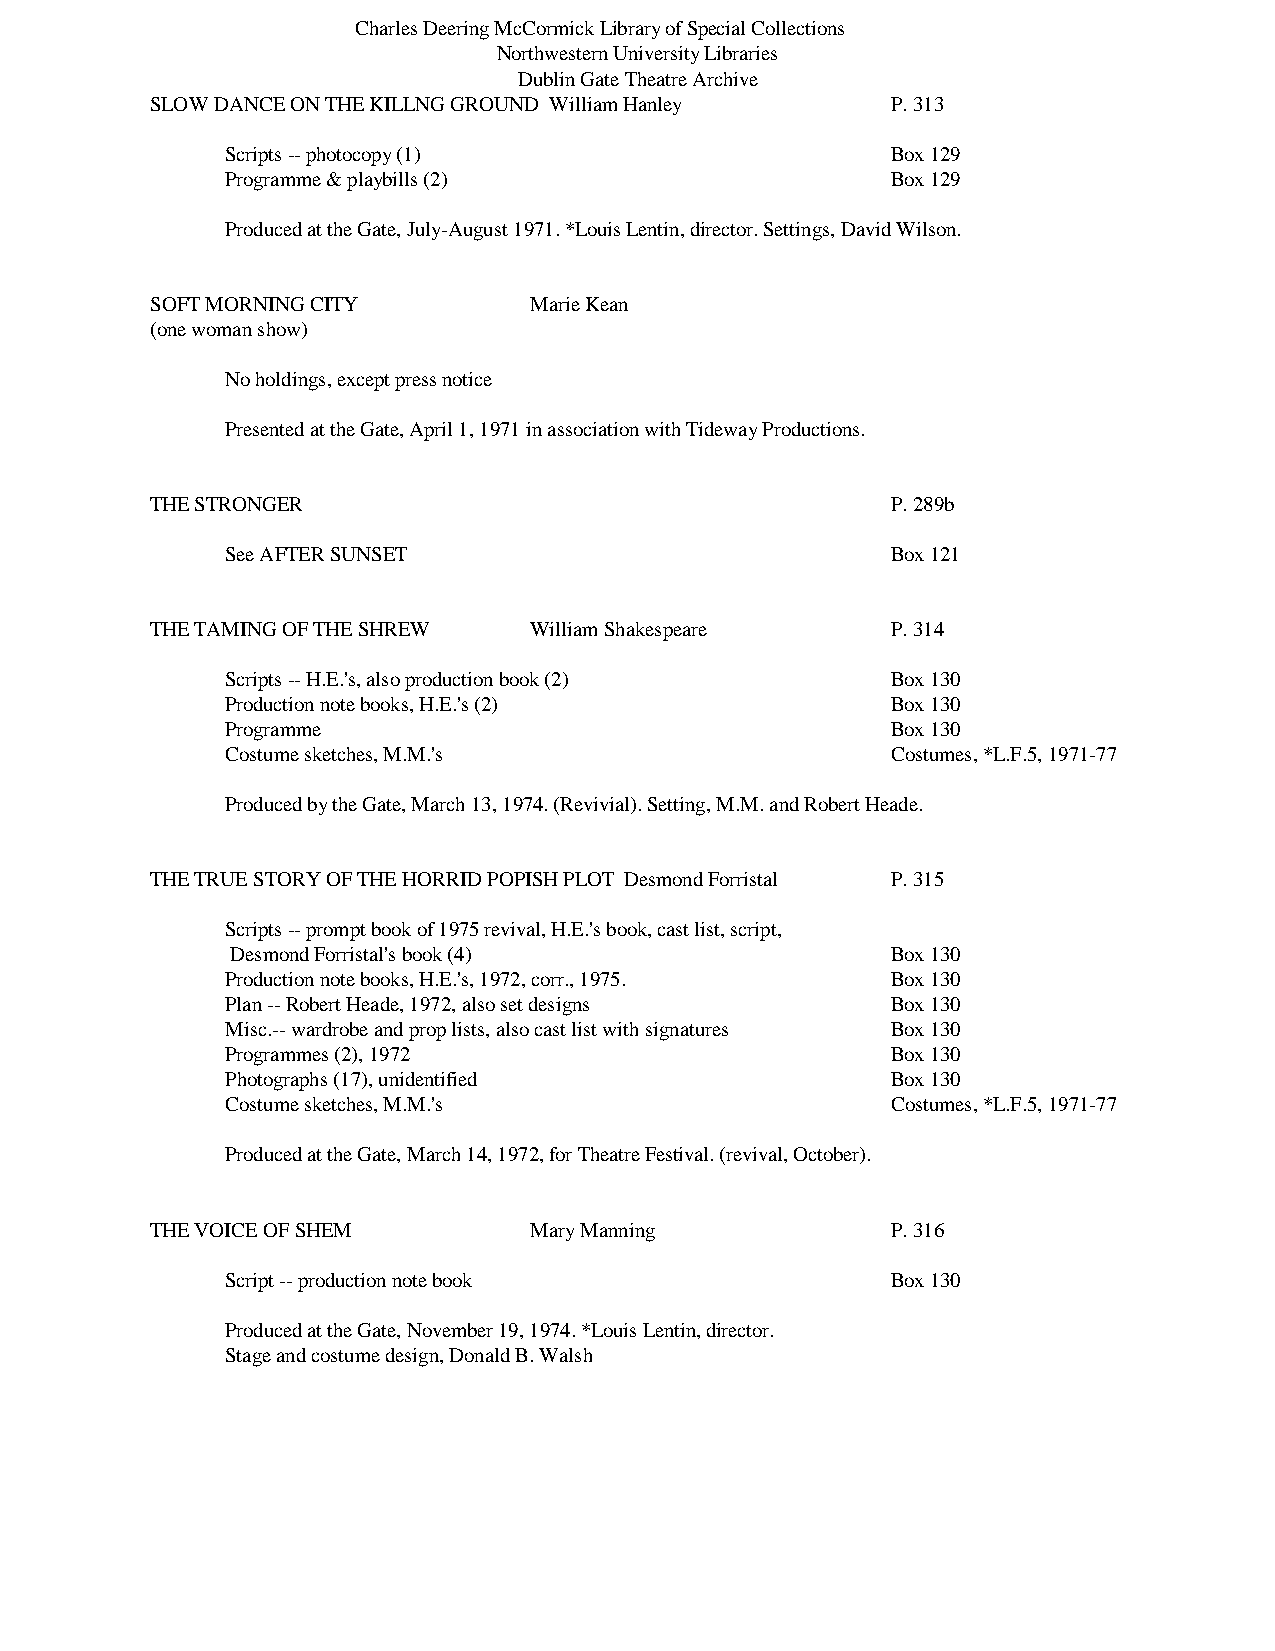
Charles Deering McCormick Library of Special Collections
 Northwestern University Libraries
 Dublin Gate Theatre Archive
 SLOW DANCE ON THE KILLNG GROUND William Hanley   P. 313
 Scripts -- photocopy (1)                    Box 129
 Programme & playbills (2)                   Box 129
 Produced at the Gate, July-August 1971. *Louis Lentin, director. Settings, David Wilson.
 SOFT MORNING CITY        Marie Kean
 (one woman show)
 No holdings, except press notice
 Presented at the Gate, April 1, 1971 in association with Tideway Productions.
 THE STRONGER                                     P. 289b
 See AFTER SUNSET                            Box 121
 THE TAMING OF THE SHREW  William Shakespeare     P. 314
 Scripts -- H.E.'s, also production book (2) Box 130
 Production note books, H.E.'s (2)           Box 130
 Programme                                   Box 130
 Costume sketches, M.M.'s                    Costumes, *L.F.5, 1971-77
 Produced by the Gate, March 13, 1974. (Revivial). Setting, M.M. and Robert Heade.
 THE TRUE STORY OF THE HORRID POPISH PLOT Desmond Forristal P. 315
 Scripts -- prompt book of 1975 revival, H.E.'s book, cast list, script,
 Desmond Forristal's book (4)                Box 130
 Production note books, H.E.'s, 1972, corr., 1975. Box 130
 Plan -- Robert Heade, 1972, also set designs Box 130
 Misc.-- wardrobe and prop lists, also cast list with signatures Box 130
 Programmes (2), 1972                        Box 130
 Photographs (17), unidentified              Box 130
 Costume sketches, M.M.'s                    Costumes, *L.F.5, 1971-77
 Produced at the Gate, March 14, 1972, for Theatre Festival. (revival, October).
 THE VOICE OF SHEM        Mary Manning            P. 316
 Script -- production note book              Box 130
 Produced at the Gate, November 19, 1974. *Louis Lentin, director.
 Stage and costume design, Donald B. Walsh